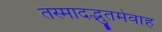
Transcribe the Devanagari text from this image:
तस्मादद्भुतमेवाह